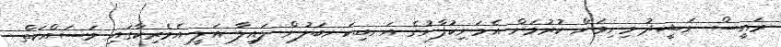
ރައީސް ނަޝީދު މިނިވަން ކުރުމަށް އެމަނިކުފާނުގެ އަނބިކަނބަލުން ލައިލާ އަލީ އެމެރިކާގައި މަސައްކަތް